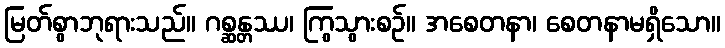
မြတ်စွာဘုရားသည်။ ဂစ္ဆန္တဿ၊ ကြွသွားစဉ်။ အစေတနာ၊ စေတနာမရှိသော။